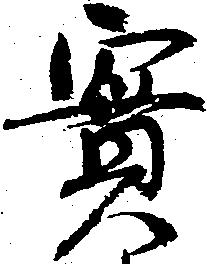
実